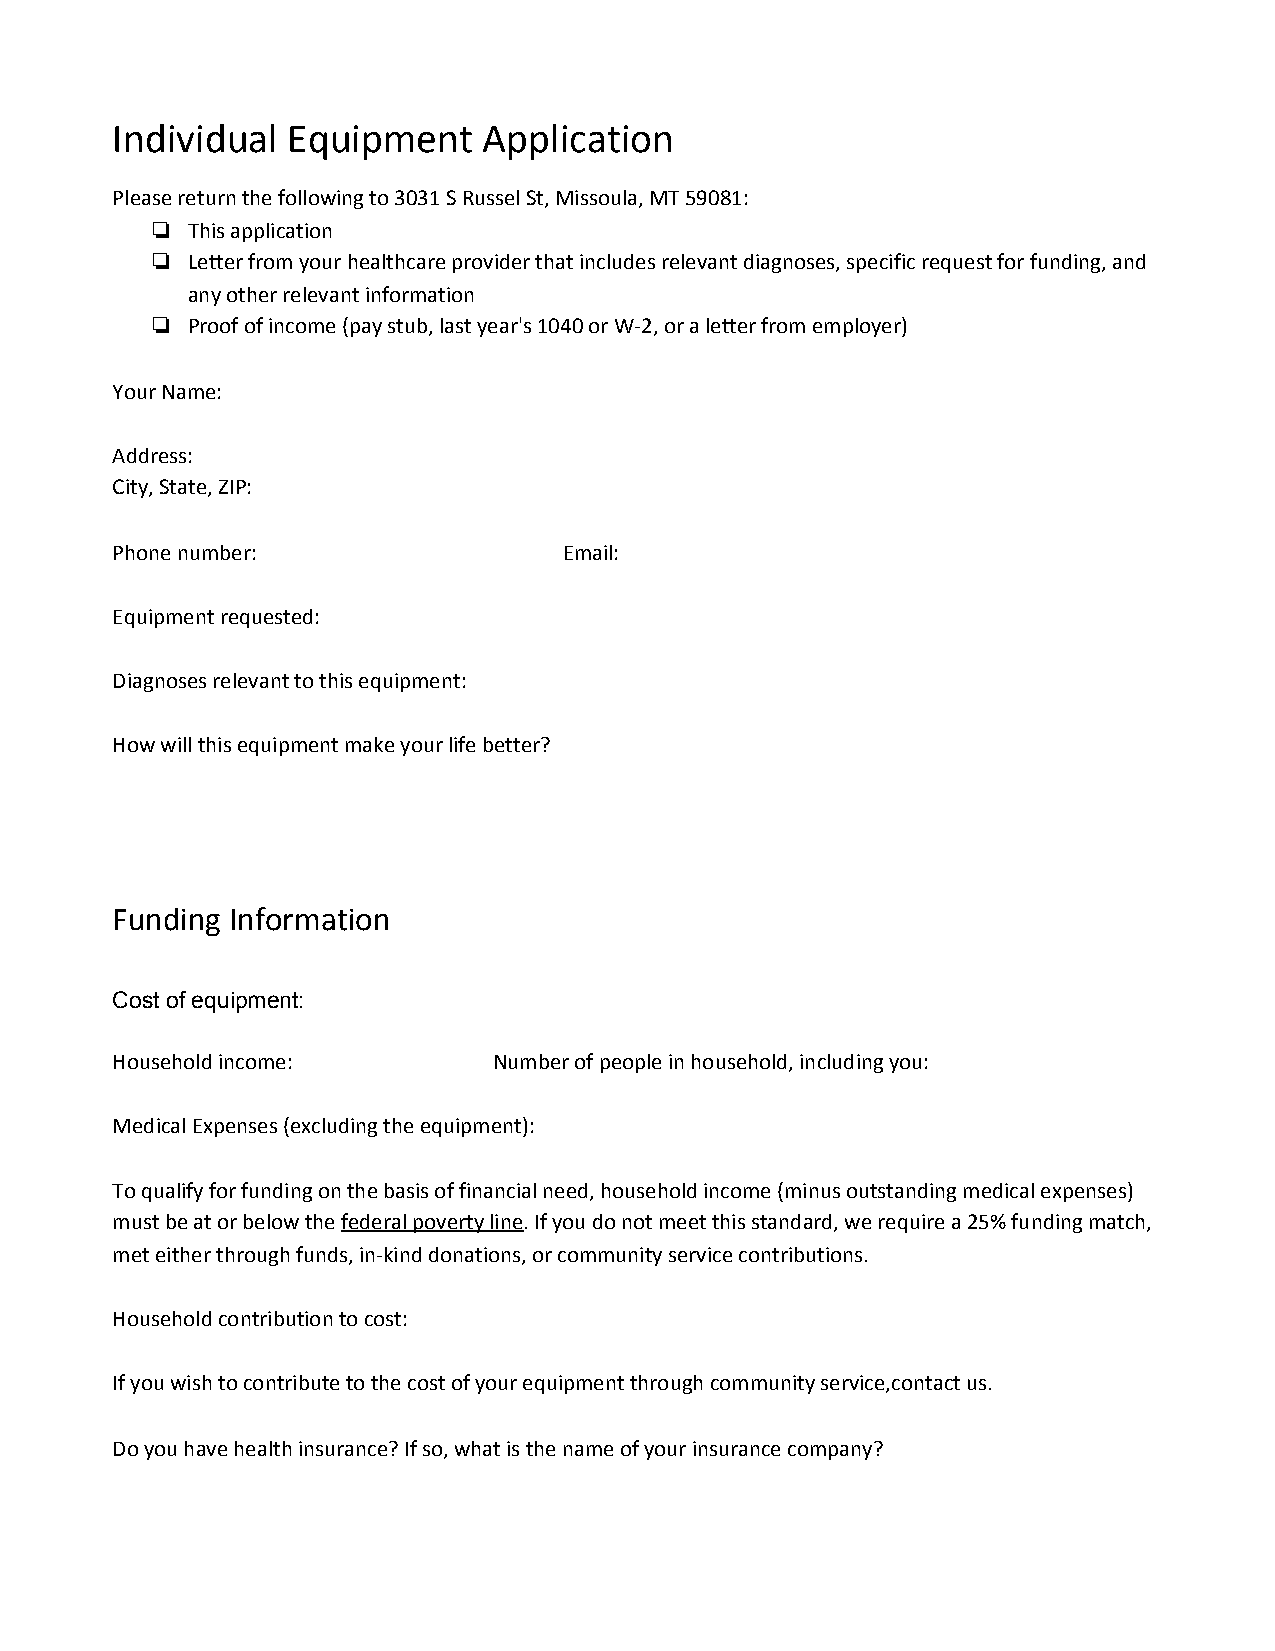
Individual  Equipment    Application
 Please return the following to 3031 S Russel St, Missoula, MT 59081:
 ❏ This application
 ❏ Letter from your healthcare provider that includes relevant diagnoses, specific request for funding, and
 any other relevant information
 ❏ Proof of income (pay stub, last year's 1040 or W-2, or a letter from employer)
 Your Name:
 Address:
 City, State, ZIP:
 Phone number:                 Email:
 Equipment requested:
 Diagnoses relevant to this equipment:
 How will this equipment make your life better?
 Funding Information
 Cost of equipment:
 Household income:         Number of people in household, including you:
 Medical Expenses (excluding the equipment):
 To qualify for funding on the basis of financial need, household income (minus outstanding medical expenses)
 must be at or below the federal poverty line. If you do not meet this standard, we require a 25% funding match,
 ​           ​
 met either through funds, in-kind donations, or community service contributions.
 Household contribution to cost:
 If you wish to contribute to the cost of your equipment through community service,contact us.
 Do you have health insurance? If so, what is the name of your insurance company?